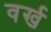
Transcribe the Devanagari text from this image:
वर्ख